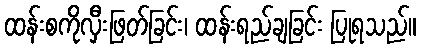
ထန်းစကိုလှီးဖြတ်ခြင်း၊ ထန်းရည်ချခြင်း ပြုရသည်။